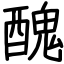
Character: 醜